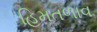
હિમતળાવ